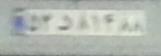
۵۲د۸۱۴۸۸